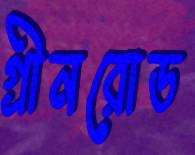
গ্রীনরোড